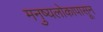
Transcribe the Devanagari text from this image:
मनुष्यलोकापासून